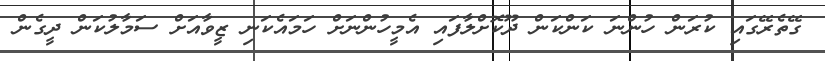
ގޭތެރޭގައި ކުރަން ހުންނަ ކަންކަން ދޫކޮށްލާފައި އެމީހުންނަށް ހަމައެކަނި ޒީވާއަށް ސަމާލުކަން ދީގެން